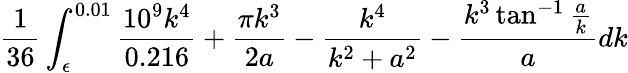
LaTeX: \frac{1}{36}\int_{\epsilon}^{0.01}\frac{10^{9}k^{4}}{0.216}+\frac{\pi k^{3}}{2a}-\frac{k^{4}}{k^{2}+a^{2}}-\frac{k^{3}\tan^{-1}\frac{a}{k}}{a}dk